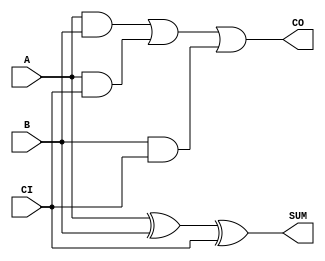
//-----------------------------------------------------
// Design Name : Multi-bit Full Adder
// Coder       : Xifan TANG
//-----------------------------------------------------

//-----------------------------------------------------
// Function    : A 1-bit full adder
//-----------------------------------------------------
module ADDF(
  input [0:0] A, // Input a
  input [0:0] B, // Input b
  input [0:0] CI, // Input cin
  output [0:0] CO, // Output carry
  output [0:0] SUM // Output sum
);
  assign SUM = A ^ B ^ CI;
  assign CO = (A & B) | (A & CI) | (B & CI); 
endmodule